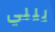
بيبي